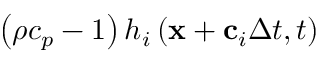
\left( { \rho { c _ { p } } - 1 } \right) { h _ { i } } \left( { { \bf { x } } + { { \bf { c } } _ { i } } \Delta t , t } \right)